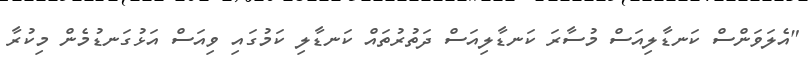
"އެލަވަންސް ކަނޑާލިއަސް މުސާރަ ކަނޑާލިއަސް ދަތުރުތައް ކަނޑާލި ކަމުގައި ވިއަސް އަޅުގަނޑުމެން މިކުރާ